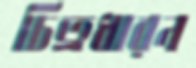
চিত্রধারন